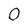
Character: 0